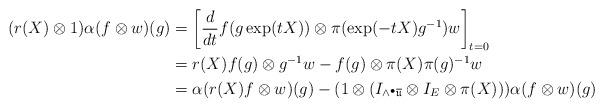
LaTeX: \begin{align*}(r(X)\otimes 1)\alpha(f\otimes w)(g) &= \left[\frac{d}{dt} f(g\exp(tX)) \otimes \pi(\exp(-tX)g^{-1})w\right]_{t=0} \\&= r(X)f(g)\otimes g^{-1}w - f(g)\otimes \pi(X)\pi(g)^{-1}w \\&= \alpha(r(X)f\otimes w)(g) -(1\otimes (I_{\wedge^\bullet\overline{\mathfrak{u}}}\otimes I_E\otimes \pi(X))) \alpha(f\otimes w)(g)\end{align*}